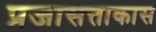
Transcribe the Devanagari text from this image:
प्रजासत्ताकास